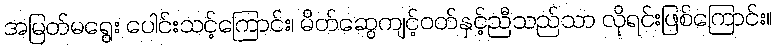
အမြတ်မရွေး ပေါင်းသင့်ကြောင်း၊ မိတ်ဆွေကျင့်ဝတ်နှင့်ညီသည်သာ လိုရင်းဖြစ်ကြောင်း။